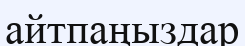
айтпаңыздар